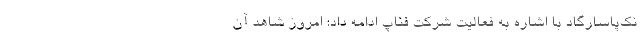
نك‌پاسارگاد با اشاره به فعالیت شركت فناپ ادامه داد: امروز شاهد آن